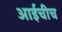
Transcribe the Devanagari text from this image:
आईचीच